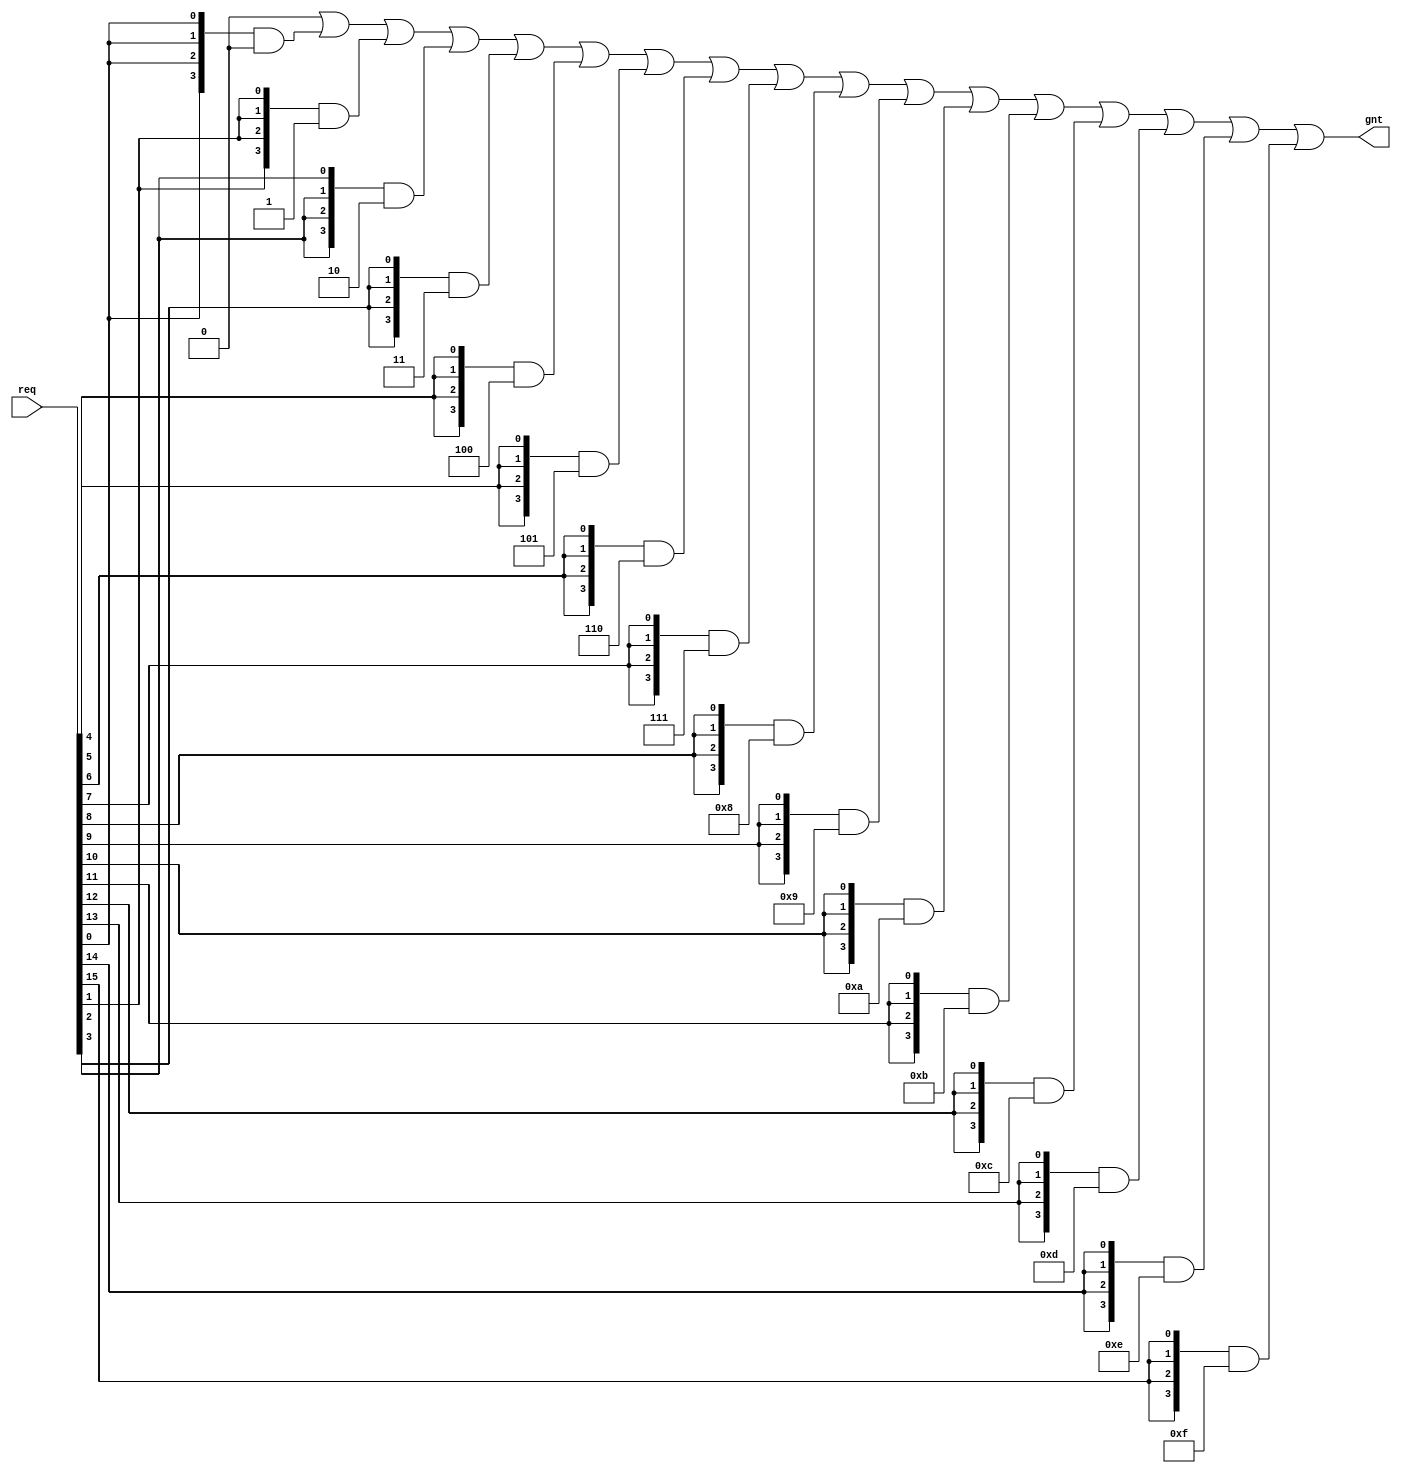
// This program was cloned from: https://github.com/Wren6991/Hazard3
// License: Apache License 2.0

/*****************************************************************************\
|                         Copyright (C) 2022 Luke Wren                        |
|                     SPDX-License-Identifier: Apache-2.0                     |
\*****************************************************************************/

// req: one-hot bitmap
// idx: index of the sole set bit in req

`default_nettype none

module hazard3_onehot_encode #(
	parameter W_REQ = 16,
	parameter W_GNT = $clog2(W_REQ) // do not modify
) (
	input  wire [W_REQ-1:0] req,
	output reg  [W_GNT-1:0] gnt
);

always @ (*) begin: encode
	reg [W_GNT:0] i;
	gnt = {W_GNT{1'b0}};
	for (i = 0; i < W_REQ; i = i + 1) begin
		gnt = gnt | ({W_GNT{req[i]}} & i[W_GNT-1:0]);
	end
end

endmodule

`ifndef YOSYS
`default_nettype wire
`endif